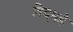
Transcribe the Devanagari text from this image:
विद्‌महे